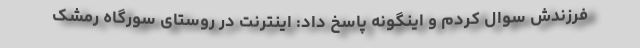
فرزندش سوال کردم و اینگونه پاسخ داد: اینترنت در روستای سورگاه رمشک